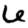
Digit: 6